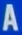
A